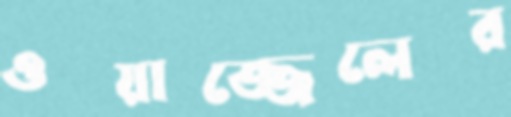
ওয়াজ্জেলের